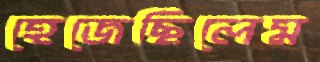
হেজেছিলেম